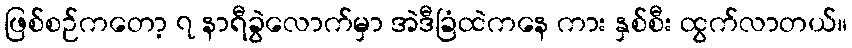
ဖြစ်စဉ်ကတော့ ၇ နာရီခွဲလောက်မှာ အဲဒီခြံထဲကနေ ကား နှစ်စီး ထွက်လာတယ်။